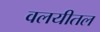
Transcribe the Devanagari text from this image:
वलयीतल